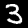
Digit: 3